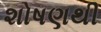
શોષણથી